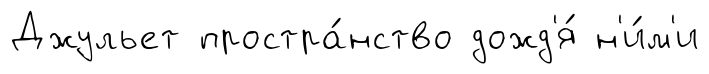
Джульет простра́нство дожд'я́ н'и́м'и